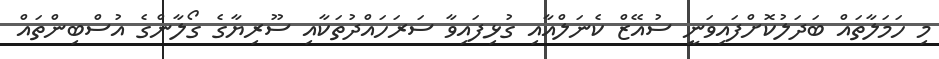
މި ހަމަލާތައް ބަދަލުކޮށްފައިވަނީ ސުއޭޒް ކެނަލްއާއި ގުޅިފައިވާ ސަރަހައްދުތަކާއި ސޫރިޔާގެ ގޯލާންގެ އުސްބިންތައް